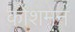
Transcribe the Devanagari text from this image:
कोशमन